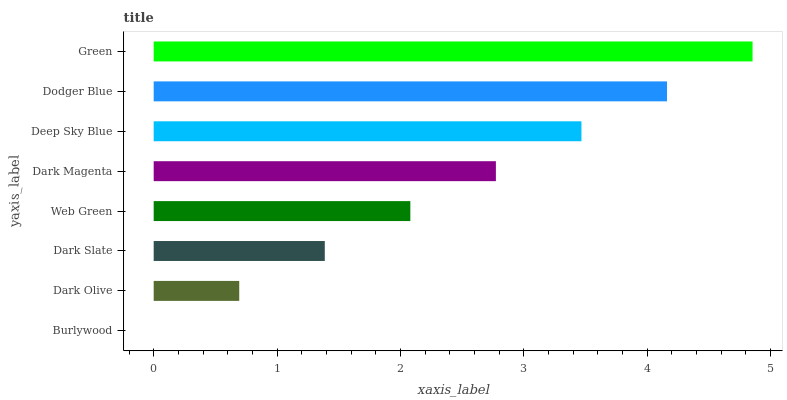
| yaxis_label | bars |
 | --- | --- |
 | Burlywood | 0 |
 | Dark Olive | 0.694 |
 | Dark Slate | 1.39 |
 | Web Green | 2.08 |
 | Dark Magenta | 2.77 |
 | Deep Sky Blue | 3.47 |
 | Dodger Blue | 4.16 |
 | Green | 4.86 |